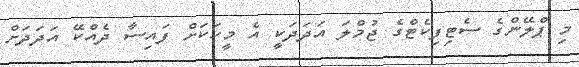
މި ޕްލޭންގެ ސެޓިފިކެޓްގެ ޖުމްލަ އަދަދަކީ އެ މީހަކަށް ފައިސާ ދެއްކޭ އަދަދަށް